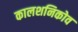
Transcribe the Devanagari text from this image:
कालशनिकोव